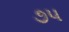
૭૫